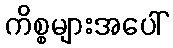
ကိစ္စများအပေါ်